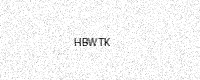
Text: HBWTK